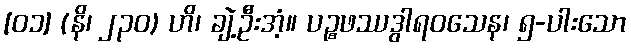
[၀၁] (နိ၊ ၂၃၀) ဟိ၊ ချဲ့ဦးအံ့။ ပဉ္စဖဿဒွါရဝသေန၊ ၅-ပါးသော